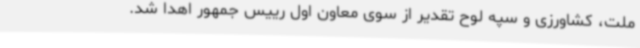
ملت، کشاورزی و سپه لوح تقدیر از سوی معاون اول رییس جمهور اهدا شد.